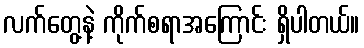
လက်တွေ့နဲ့ ကိုက်စရာအကြောင်း ရှိပါတယ်။